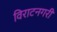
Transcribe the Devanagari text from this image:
विराटनगरी